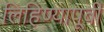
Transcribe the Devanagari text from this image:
लिहिण्‍यापूर्वी